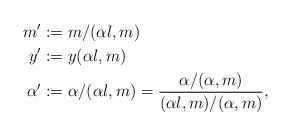
\begin{align*} m' &:= m / (\alpha l,m)\\ y' &:= y (\alpha l,m)\\ \alpha' &:= \alpha/(\alpha l,m) = \frac{\alpha/(\alpha,m)}{(\alpha l,m)/(\alpha,m)},\end{align*}